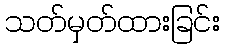
သတ်မှတ်ထားခြင်း